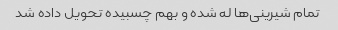
تمام شیرینی‌ها له شده و بهم چسبیده تحویل داده شد